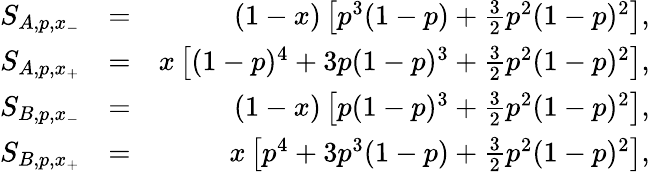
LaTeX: \begin{array}{rlr}{S_{A,p,x_{-}}}&{=}&{(1-x)\left[p^{3}(1-p)+\frac{3}{2}p^{2}(1-p)^{2}\right],}\\ {S_{A,p,x_{+}}}&{=}&{x\left[(1-p)^{4}+3p(1-p)^{3}+\frac{3}{2}p^{2}(1-p)^{2}\right],}\\ {S_{B,p,x_{-}}}&{=}&{(1-x)\left[p(1-p)^{3}+\frac{3}{2}p^{2}(1-p)^{2}\right],}\\ {S_{B,p,x_{+}}}&{=}&{x\left[p^{4}+3p^{3}(1-p)+\frac{3}{2}p^{2}(1-p)^{2}\right],}\end{array}